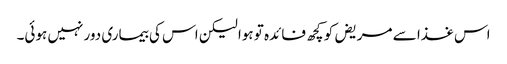
اس غذا سے مریض کو کچھ فائدہ تو ہوا لیکن اس کی بیماری دور نہیں ہوئی۔